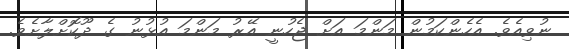
ނުވިއެވެ. އެހެންކަމުން މަންމަ އަށް ޖެހުނީ އޭރު މަންމަ އުޅުނު ގެ ދޫކޮށްލާށެވެ.